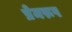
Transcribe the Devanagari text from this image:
प्रेमरूप